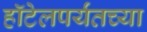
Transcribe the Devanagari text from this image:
हॉटेलपर्यंतच्या